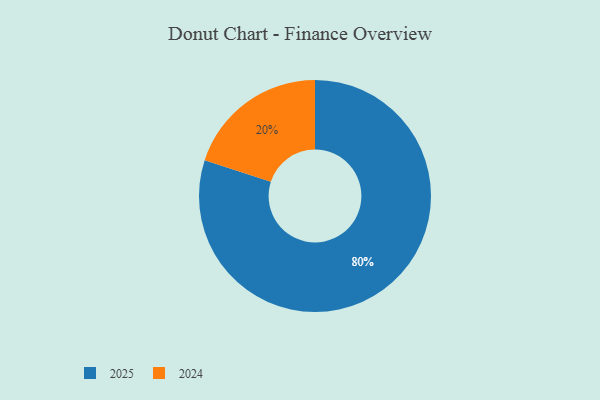
{"axis": {"x": "Category", "y": "Percentage"}, "legend": ["2024", "2025"], "data": [{"x": "2024", "y": 20, "type": "2024"}, {"x": "2025", "y": 80, "type": "2025"}]}